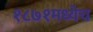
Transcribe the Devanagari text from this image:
१८७१मध्येच